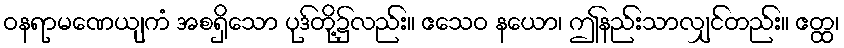
ဝနရာမဏေယျကံ အစရှိသော ပုဒ်တို့၌လည်း။ ဧသေဝ နယော၊ ဤနည်းသာလျှင်တည်း။ ဧတ္ထ၊